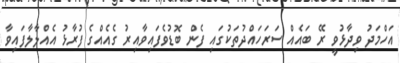
އަހްމަދު ވިދާޅުވީ ރޭ ބައެއް ސަރަހައްދުތަކުގައި ފެން ބޮޑުވެފައިވާއިރު ގެއެއްގެ ފުރާޅު އެއްލާލާފައިވާ